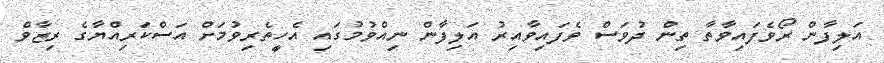
އަލިފާން ރޯވެފައިވާތާ ތިން ދުވަސް ވެފައިވާއިރު އަލިފާން ނިއްވުމުގައި އެހީތެރިވުމަށް އަަސްކަރިއްޔާގެ ރިޒާވް